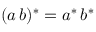
( a \, b ) ^ { * } = a ^ { * } \, b ^ { * }